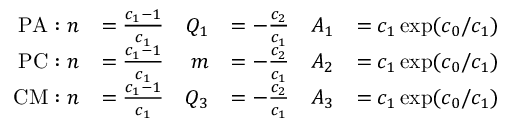
\begin{array} { r l r l r l } { \mathrm { P A } : n } & { = \frac { c _ { 1 } - 1 } { c _ { 1 } } } & { Q _ { 1 } } & { = - \frac { c _ { 2 } } { c _ { 1 } } } & { A _ { 1 } } & { = c _ { 1 } \exp ( c _ { 0 } / c _ { 1 } ) } \\ { \mathrm { P C } : n } & { = \frac { c _ { 1 } - 1 } { c _ { 1 } } } & { m } & { = - \frac { c _ { 2 } } { c _ { 1 } } } & { A _ { 2 } } & { = c _ { 1 } \exp ( c _ { 0 } / c _ { 1 } ) } \\ { \mathrm { C M } : n } & { = \frac { c _ { 1 } - 1 } { c _ { 1 } } } & { Q _ { 3 } } & { = - \frac { c _ { 2 } } { c _ { 1 } } } & { A _ { 3 } } & { = c _ { 1 } \exp ( c _ { 0 } / c _ { 1 } ) } \end{array}